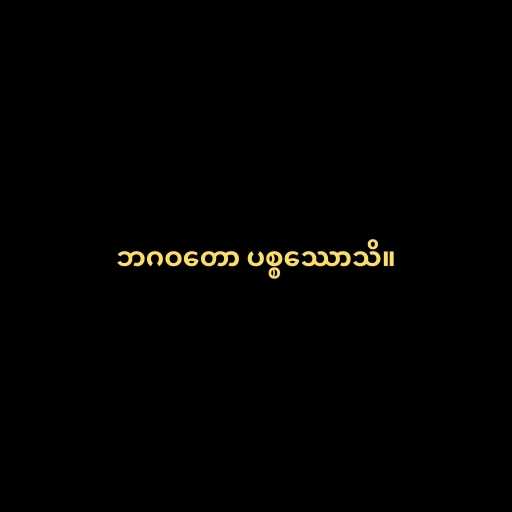
ဘဂဝတော ပစ္စဿောသိ။